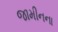
જામીનના